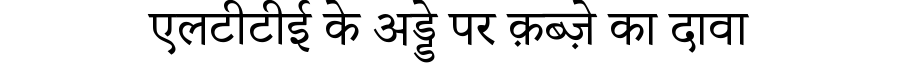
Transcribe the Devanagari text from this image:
एलटीटीई के अड्डे पर क़ब्ज़े का दावा